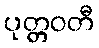
ပုတ္တဝတီ